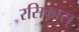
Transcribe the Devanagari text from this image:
रसिकास्